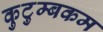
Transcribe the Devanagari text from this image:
कुटुम्‍बकम